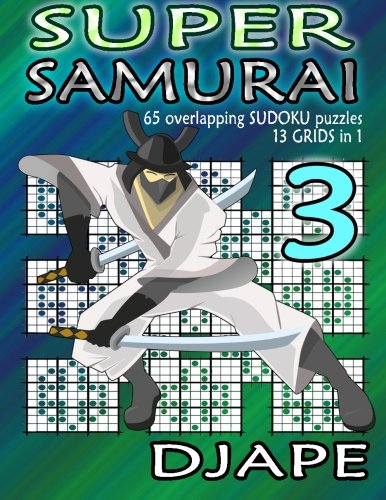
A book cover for Super Samurai Sudoku: 65 overlapping puzzles, 13 grids in 1!; Djape; Humor & Entertainment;